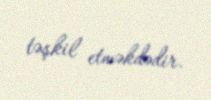
təşkil etməkdədir.